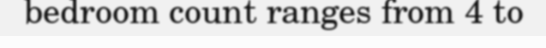
bedroom count ranges from 4 to